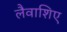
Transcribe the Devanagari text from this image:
लैवाशिए